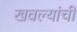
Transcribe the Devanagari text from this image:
खवल्यांची